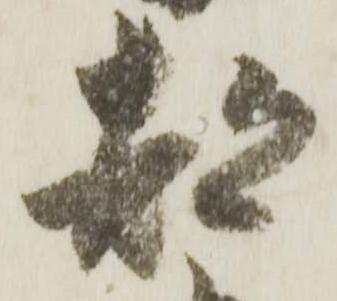
都